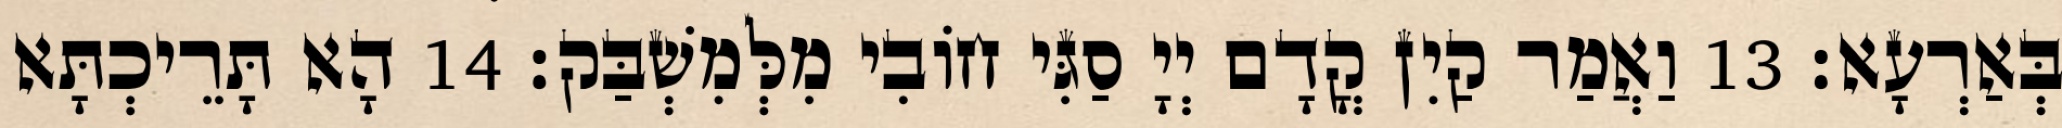
בְּאַרְעָא׃ 13 וַאֲמַר קַיִן קֳדָם יְיָ סַגִּי חוֹבִי מִלְּמִשְׁבַּק׃ 14 הָא תָּרֵיכְתָּא